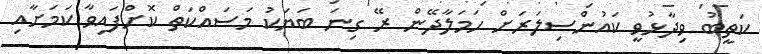
ކަތީބު ވިދާޅުވީ ކައުންސިލަރަށް ހަމަލާދޭން ރޭ ގިނަ ބަޔަކު މަސައްކަތް ކޮށްފައިވާ ކަމަށާއި